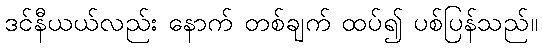
ဒင်နီယယ်လည်း နောက် တစ်ချက် ထပ်၍ ပစ်ပြန်သည်။